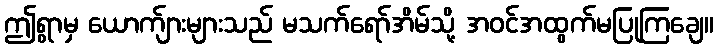
ဤရွာမှ ယောက်ျားများသည် မသက်ရော်အိမ်သို့ အဝင်အထွက်မပြုကြချေ။